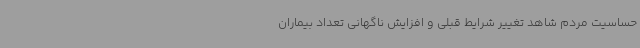
حساسیت مردم شاهد تغییر شرایط قبلی و افزایش ناگهانی تعداد بیماران